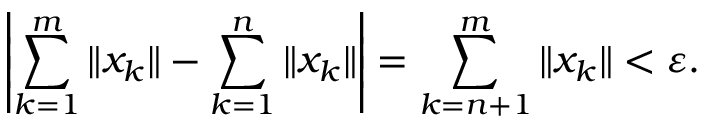
\left| \sum _ { k = 1 } ^ { m } \| x _ { k } \| - \sum _ { k = 1 } ^ { n } \| x _ { k } \| \right| = \sum _ { k = n + 1 } ^ { m } \| x _ { k } \| < \varepsilon .